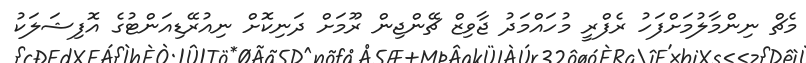
މެޗް ނިންމާލުމަށްފަހު ރެފްރީ މުހައްމަދު ޖާވިޒް ޗޭންޖިން ރޫމަށް ދަނިކޮށް ނިއުރޭޑިއަންޓުގެ އޮފިޝަލަކު